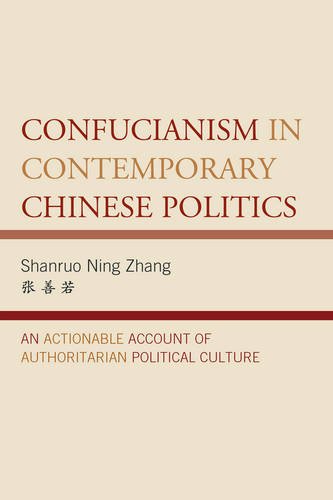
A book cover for Confucianism in Contemporary Chinese Politics: An Actionable Account of Authoritarian Political Culture (Challenges Facing Chinese Political Development); Shanruo Ning Zhang; Religion & Spirituality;